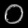
Digit: ၀